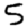
Digit: 5